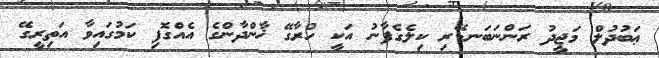
ޢަބުދުލް މަޖީދު ރަންނަބަނޑޭރި ކިލެގެފާނު އަކީ ހުރާގޭ ޚާންދާންގެ އެއްގޮފި ކަމުގައިވާ އަތިރީގޭ